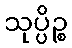
သုပ္ပိဉ္စ